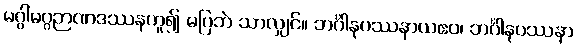
မဂ္ဂါမဂ္ဂဉာဏဒဿနဟူ၍ မပြဘဲ သာလျှင်။ ဘင်္ဂါနုပဿနာယဧဝ၊ ဘင်္ဂါနုပဿနာ